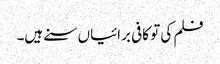
فلم کی تو کافی برائیاں سنے ہیں۔